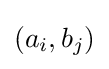
(a_{i},b_{j})